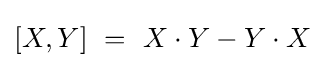
[X,Y]\ =\ X\cdot Y-Y\cdot X